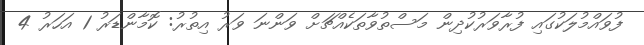
ފުވައްމުލަކުގައި ފުރާވަރުކުދިން މަސްތުވާތަކެއްޗަށް ވަންނަ ވަރު އިތުރު: ކޮމާންޑަރު 1 އަހަރު 4